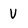
Character: V